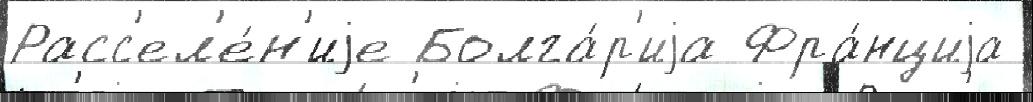
Расс'ел'е́н'иjе Болга́р'иjа Фра́нциjа